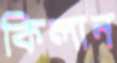
কিলান